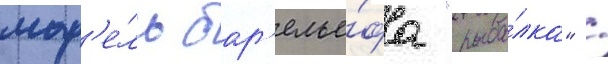
мод'е́ль бар'елье́фа "рыба́лка" /